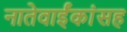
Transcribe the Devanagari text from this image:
नातेवाईंकांंसह